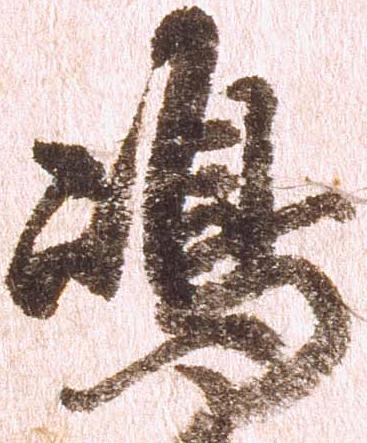
嶋